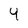
Character: 4